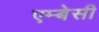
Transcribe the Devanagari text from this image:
एम्‍बेसी